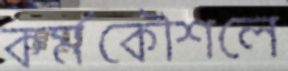
কর্মকৌশলে